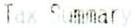
TAX SUMMARY